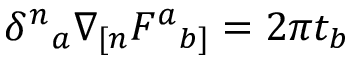
\delta ^ { n } { } _ { a } \nabla _ { [ n } F ^ { a } { } _ { b ] } = 2 \pi t _ { b }